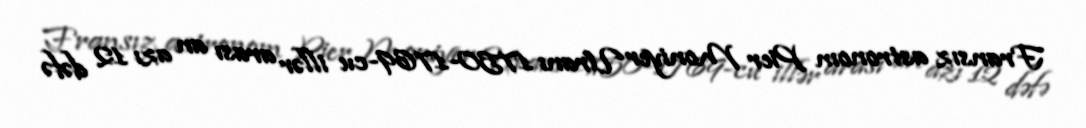
Fransız astronom Pier Moniyer Uranı 1750-1769-cu illər arası an azı 12 dəfə